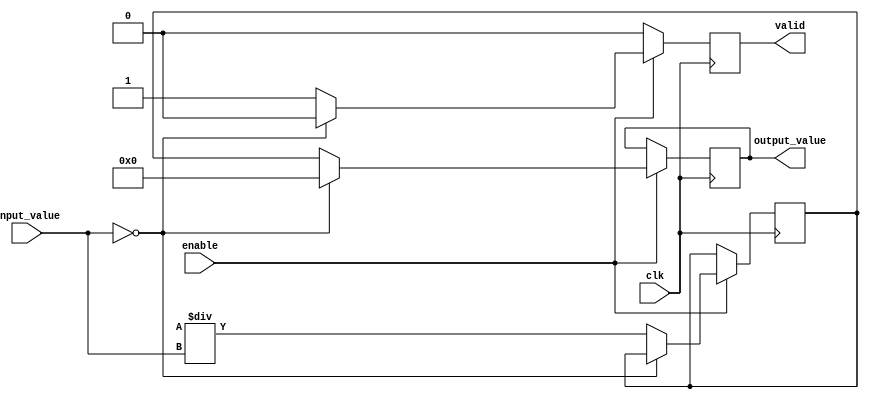
module DirectReciprocalUnit (
    input wire clk,
    input wire enable,
    input wire [31:0] input_value,  // 32-bit fixed-point input
    output reg [31:0] output_value,  // 32-bit fixed-point output
    output reg valid                 // Output valid signal
);

    reg [31:0] temp_value;
    reg [31:0] reciprocal;
    
    // Parameter for scaling factor to maintain precision
    parameter FIXED_POINT_SCALING = 32'h100000000; // 2^32 for 32-bit fixed point

    always @(posedge clk) begin
        if (enable) begin
            // Check for division by zero
            if (input_value == 32'b0) begin
                output_value <= 32'b0;  // Output zero on division by zero
                valid <= 1'b0;
            end else begin
                // Initial approximation of reciprocal (1 / input_value)
                // This is a simple division approximation
                reciprocal <= FIXED_POINT_SCALING / input_value;
                
                // Output the calculated reciprocal
                output_value <= reciprocal;
                valid <= 1'b1; // Indicate output is valid
            end
        end else begin
            // Reset valid signal when not enabled
            valid <= 1'b0;
        end
    end

endmodule